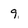
Character: 9